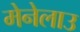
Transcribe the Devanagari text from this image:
मेनेलाउ